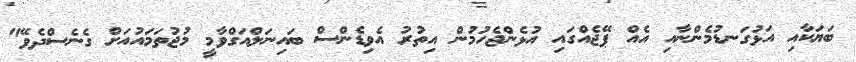
ބަޔަކާއި އަޅުގަނޑުމެންނާއި އެއް ޕޭޖެއްގައި އުޅެންޖެހުމުން އިތުރު އެވިޑެންސް ބައިނަލްއަގްވާމީ މުޖުތަމައުއަށް ގެނެސްދެވޭ"